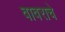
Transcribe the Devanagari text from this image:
वावराचे